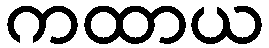
ကထာယ